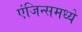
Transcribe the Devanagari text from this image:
एंजिन्समध्ये